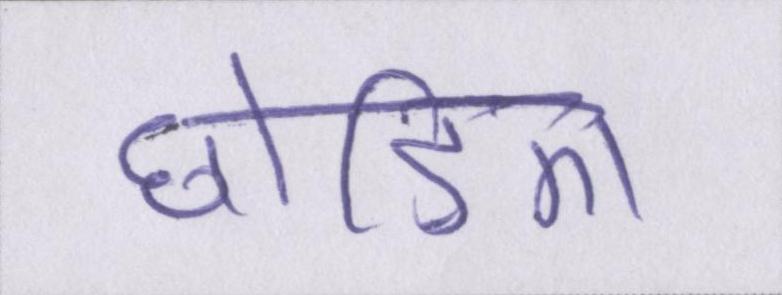
छोड़िए